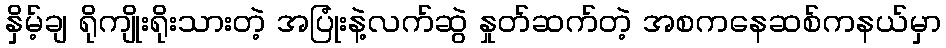
နှိမ့်ချ ရိုကျိုးရိုးသားတဲ့ အပြုံးနဲ့လက်ဆွဲ နှုတ်ဆက်တဲ့ အစကနေဆစ်ကနယ်မှာ